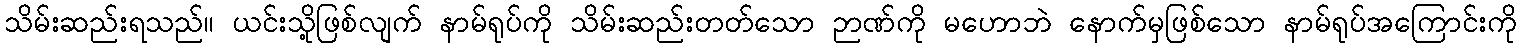
သိမ်းဆည်းရသည်။ ယင်းသို့ဖြစ်လျက် နာမ်ရုပ်ကို သိမ်းဆည်းတတ်သော ဉာဏ်ကို မဟောဘဲ နောက်မှဖြစ်သော နာမ်ရုပ်အကြောင်းကို